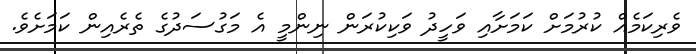
ވެރިކަމެެއް ކުރުމަށް ކަމަށާއި ވަހީދު ވަކިކުރަން ނިންމީ އެ މަގުސަދުގެ ތެރެއިން ކަމަށެވެ.